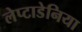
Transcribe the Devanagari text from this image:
लेप्टाडेनिया